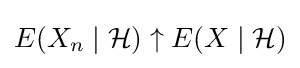
E(X_{n}\mid {\mathcal {H}})\uparrow E(X\mid {\mathcal {H}})